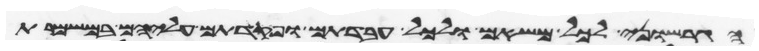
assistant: הגרשוני לכל משאם ולכל עבדתם ופקדתם עליהם במשמרת